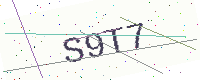
Text: S9T7